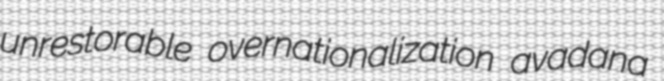
unrestorable overnationalization avadana